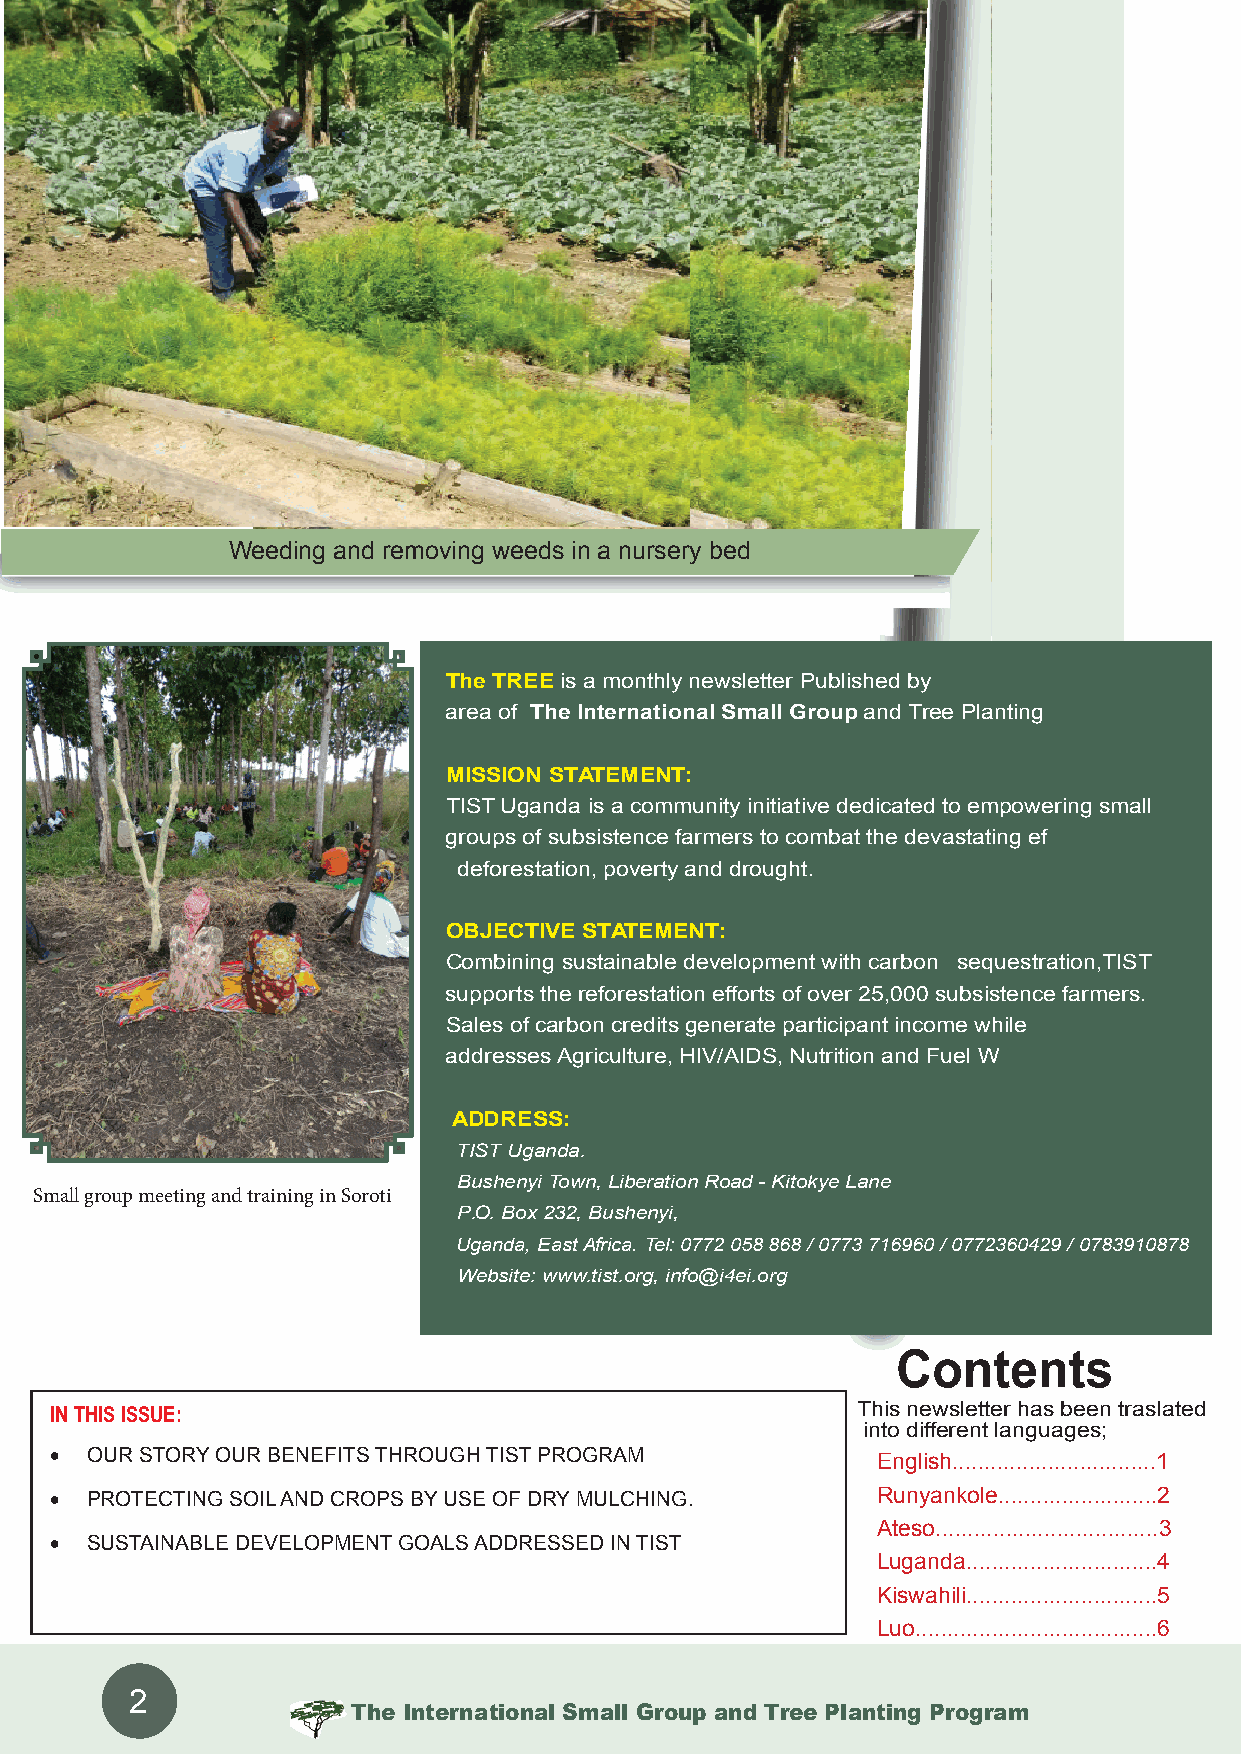
Weeding and removing weeds in a nursery bed
 The TREE is a monthly newsletter Published by TIST Uganda, a project
 area of The International Small Group and Tree Planting Program.
 MISSION STATEMENT:
 TIST Uganda is a community initiative dedicated to empowering small
 groups of subsistence farmers to combat the devastating effects of
 deforestation, poverty and drought.
 OBJECTIVE STATEMENT:
 Combining sustainable development with carbon sequestration,TIST
 supports the reforestation efforts of over 25,000 subsistence farmers.
 Sales of carbon credits generate participant income while TIST today also
 addresses Agriculture, HIV/AIDS, Nutrition and Fuel Wood challenges.
 ADDRESS:
 TIST Uganda.
 Bushenyi Town, Liberation Road - Kitokye Lane
 Small group meeting and training in Soroti
 P.O. Box 232, Bushenyi,
 Uganda, East Africa. Tel: 0772 058 868 / 0773 716960 / 0772360429 / 0783910878
 Website: www.tist.org, info@i4ei.org
 Contents
 This newsletter has been traslated
 IN THIS ISSUE:
 into different languages;
 •  OUR STORY OUR BENEFITS THROUGH TIST PROGRAM         English................................1
 •  PROTECTING SOIL AND CROPS BY USE OF DRY MULCHING.   Runyankole.........................2
 Ateso...................................3
 •  SUSTAINABLE DEVELOPMENT GOALS ADDRESSED IN TIST
 Luganda..............................4
 Kiswahili..............................5
 Luo......................................6
 2
 The International Small Group and Tree Planting Program